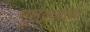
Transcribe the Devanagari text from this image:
मूलद्रव्याशी